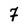
Character: 7